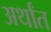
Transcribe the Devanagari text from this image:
अर्थांत